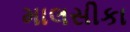
માલસીકા